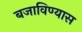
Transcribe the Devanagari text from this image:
बजाविण्यास